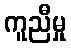
ကူညီမှု